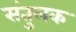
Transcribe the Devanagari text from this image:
संतुलक